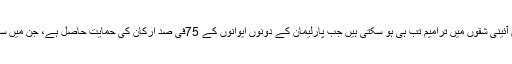
فورم میں نامہ نگاروں سے گفتگو میں آنگ سان سوچی نے کہا کہ کلیدی آئینی شقوں میں ترامیم تب ہی ہو سکتی ہیں جب پارلیمان کے دونوں ایوانوں کے 75فی صد ارکان کی حمایت حاصل ہے، جن میں سے ایک تہائی نمائندوں کا تعلق فوج سے ہوتا ہے جن کا انتخاب نہیں ہوتا۔